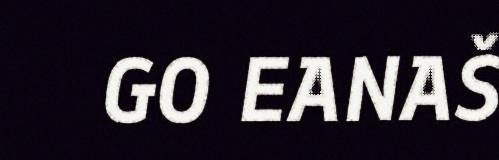
GO EANAŠ